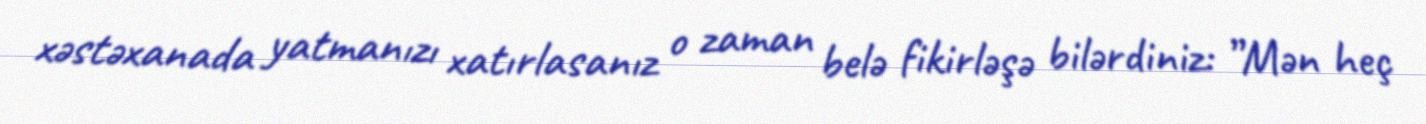
xəstəxanada yatmanızı xatırlasanız o zaman belə fikirləşə bilərdiniz: ”Mən heç